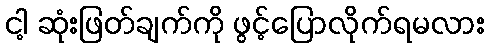
ငါ့ ဆုံးဖြတ်ချက်ကို ဖွင့်ပြောလိုက်ရမလား